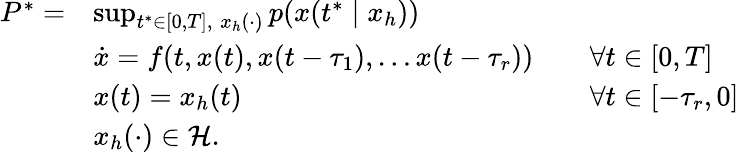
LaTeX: \begin{array}{rlrl}{P^{*}=}&{\operatorname*{sup}_{t^{*}\in[0,T],\; x_{h}(\cdot)}p(x(t^{*}\mid x_{h}))}&\\ &{\dot{x}=f(t,x(t),x(t-\tau_{1}),\ldots x(t-\tau_{r}))}&&{\forall t\in[0,T]}\\ &{x(t)=x_{h}(t)}&&{\forall t\in[-\tau_{r},0]}\\ &{x_{h}(\cdot)\in\mathcal{H}.}\end{array}